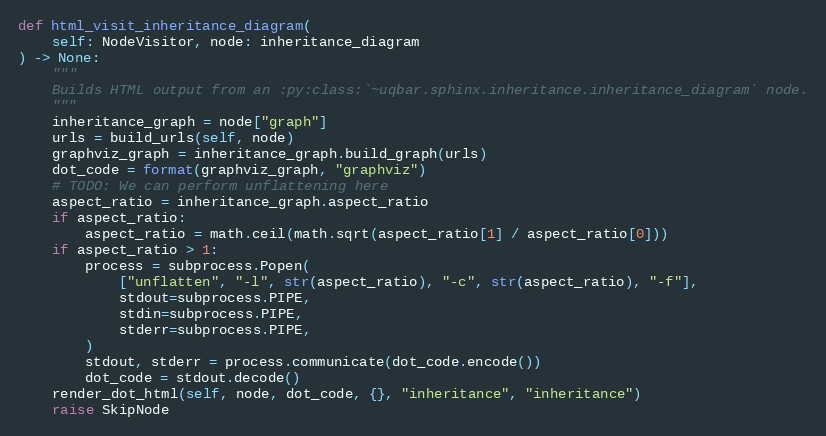
Language: Python
def html_visit_inheritance_diagram(
    self: NodeVisitor, node: inheritance_diagram
) -> None:
    """
    Builds HTML output from an :py:class:`~uqbar.sphinx.inheritance.inheritance_diagram` node.
    """
    inheritance_graph = node["graph"]
    urls = build_urls(self, node)
    graphviz_graph = inheritance_graph.build_graph(urls)
    dot_code = format(graphviz_graph, "graphviz")
    # TODO: We can perform unflattening here
    aspect_ratio = inheritance_graph.aspect_ratio
    if aspect_ratio:
        aspect_ratio = math.ceil(math.sqrt(aspect_ratio[1] / aspect_ratio[0]))
    if aspect_ratio > 1:
        process = subprocess.Popen(
            ["unflatten", "-l", str(aspect_ratio), "-c", str(aspect_ratio), "-f"],
            stdout=subprocess.PIPE,
            stdin=subprocess.PIPE,
            stderr=subprocess.PIPE,
        )
        stdout, stderr = process.communicate(dot_code.encode())
        dot_code = stdout.decode()
    render_dot_html(self, node, dot_code, {}, "inheritance", "inheritance")
    raise SkipNode